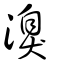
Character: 溴